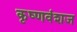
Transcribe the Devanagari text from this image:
कृष्‍णवंशज